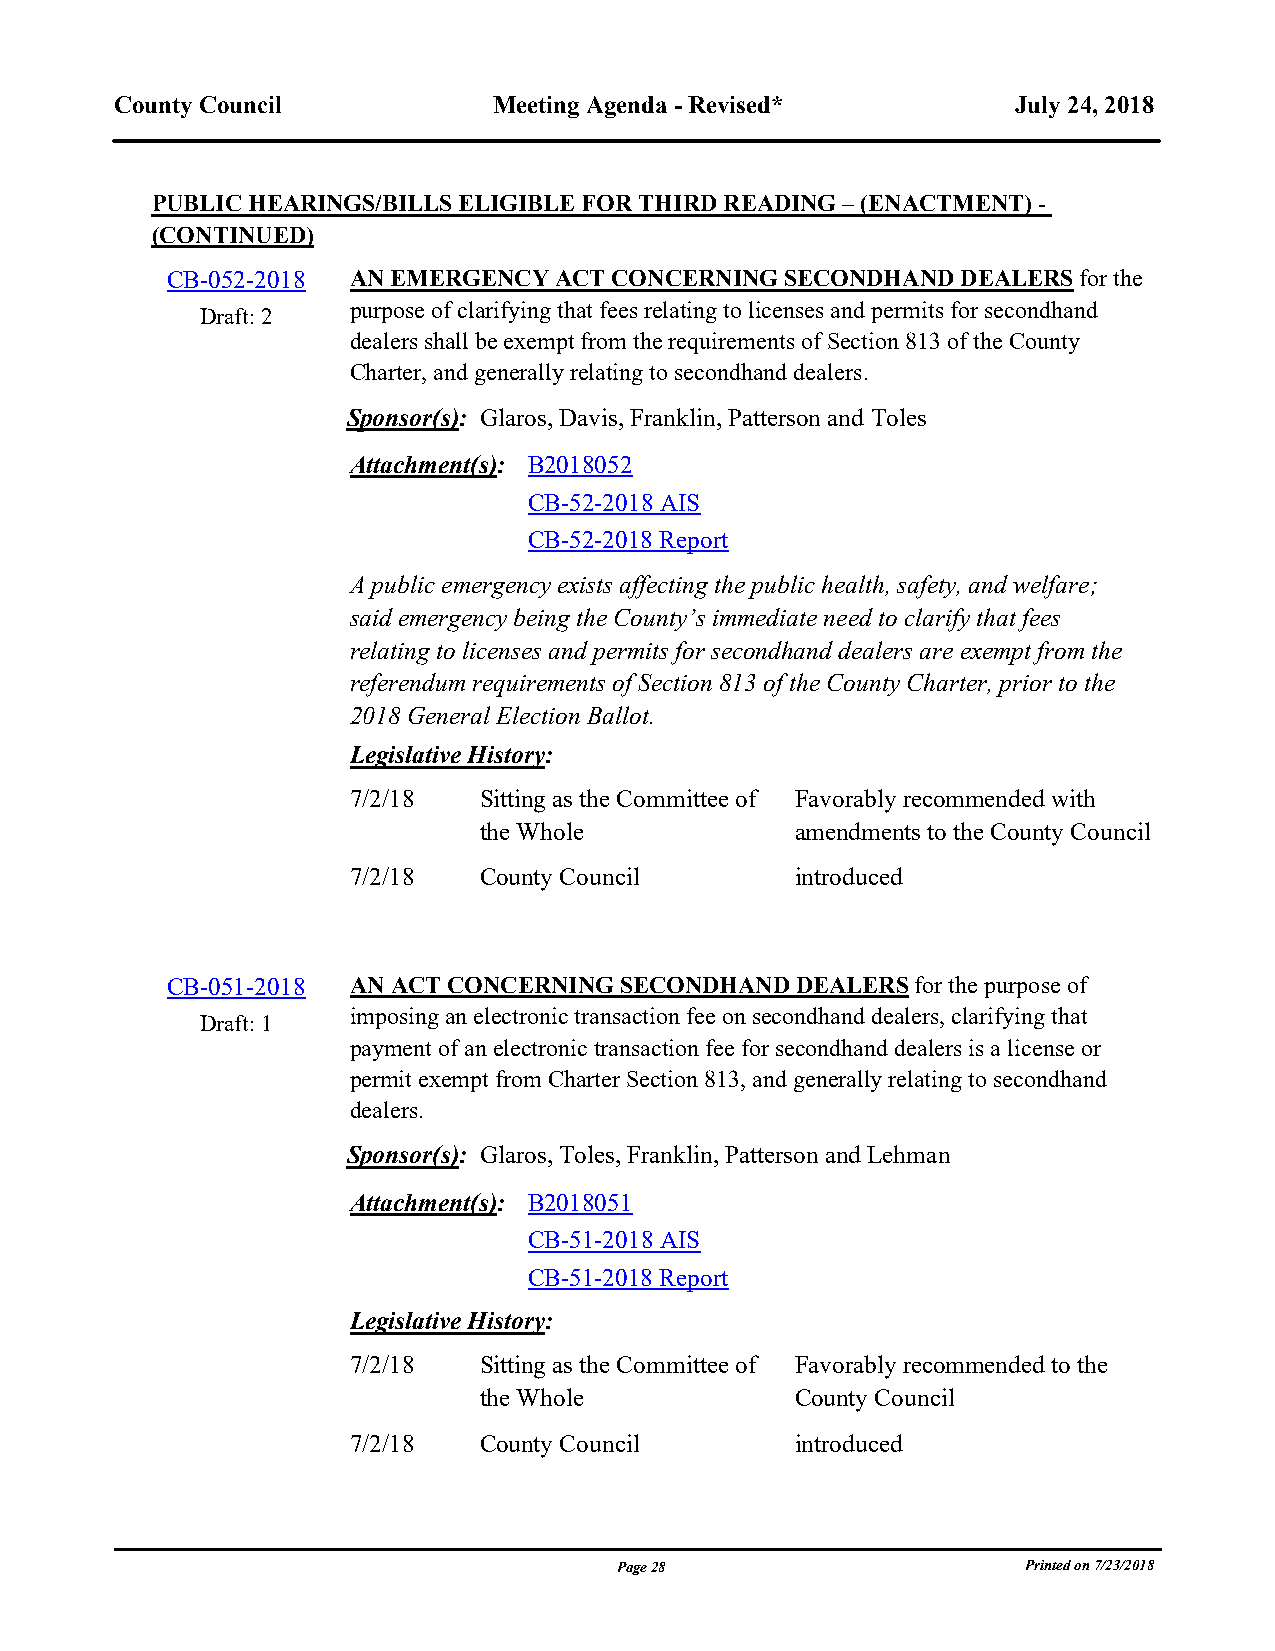
County Council           Meeting Agenda - Revised*         July 24, 2018
 PUBLIC HEARINGS/BILLS ELIGIBLE FOR THIRD READING – (ENACTMENT) -
 (CONTINUED)
 CB-052-2018 AN EMERGENCY  ACT CONCERNING SECONDHAND  DEALERS for the
 purpose of clarifying that fees relating to licenses and permits for secondhand
 Draft: 2
 dealers shall be exempt from the requirements of Section 813 of the County
 Charter, and generally relating to secondhand dealers.
 Sponsor(s): Glaros, Davis, Franklin, Patterson and Toles
 Attachment(s): B2018052
 CB-52-2018 AIS
 CB-52-2018 Report
 A public emergency exists affecting the public health, safety, and welfare;
 said emergency being the County’s immediate need to clarify that fees
 relating to licenses and permits for secondhand dealers are exempt from the
 referendum requirements of Section 813 of the County Charter, prior to the
 2018 General Election Ballot.
 Legislative History:
 7/2/18   Sitting as the Committee of Favorably recommended with
 the Whole            amendments to the County Council
 7/2/18   County Council       introduced
 blank line
 CB-051-2018 AN ACT CONCERNING SECONDHAND  DEALERS for the purpose of
 imposing an electronic transaction fee on secondhand dealers, clarifying that
 Draft: 1
 payment of an electronic transaction fee for secondhand dealers is a license or
 permit exempt from Charter Section 813, and generally relating to secondhand
 dealers.
 Sponsor(s): Glaros, Toles, Franklin, Patterson and Lehman
 Attachment(s): B2018051
 CB-51-2018 AIS
 CB-51-2018 Report
 Legislative History:
 7/2/18   Sitting as the Committee of Favorably recommended to the
 the Whole            County Council
 7/2/18   County Council       introduced
 blank line
 Page 28                    Printed on 7/23/2018